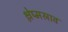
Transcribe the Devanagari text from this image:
श्लेष्मस्राव